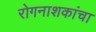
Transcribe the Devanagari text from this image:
रोगनाशकांचा